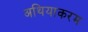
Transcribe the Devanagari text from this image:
अथियाकरम